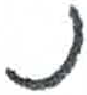
אות: נ